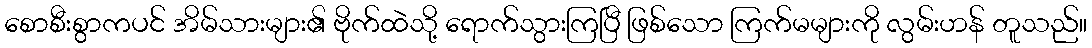
စောစီးစွာကပင် အိမ်သားများ၏ ဗိုက်ထဲသို့ ရောက်သွားကြပြီ ဖြစ်သော ကြက်မများကို လွမ်းဟန် တူသည်။